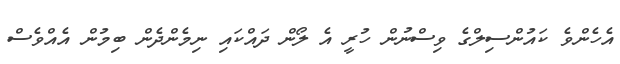
އެހެންވެ ކައުންސިލްގެ ވިސްނުން ހުރީ އެ ލޯން ދައްކައި ނިމެންދެން ބިމުން އެއްވެސް